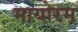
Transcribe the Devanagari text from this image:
मायोरम